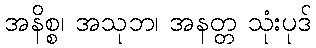
အနိစ္စ၊ အသုဘ၊ အနတ္တ သုံးပုဒ်